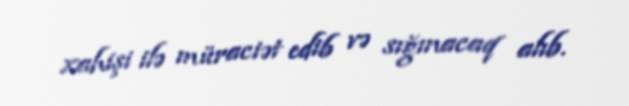
xahişi ilə müraciət edib və sığınacaq alıb.